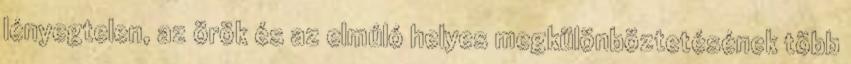
lényegtelen, az örök és az elmúló helyes megkülönböztetésének több